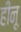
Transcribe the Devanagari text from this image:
हीनू